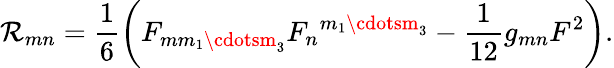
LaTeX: \mathcal{R}_{mn}=\frac{{1}}{{6}}\left(F_{mm_{1}\cdotsm_{3}}{F_{n}}^{m_{1}\cdotsm_{3}}-\frac{{1}}{{12}}g_{mn}F^{2}\right).